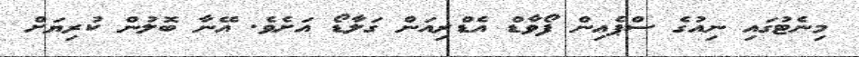
މިނެޓުގައި ނިއުގެ ސްޕެއިން ފޯވާޑް އެޑްރިއަން ގަލާޑޯ އަށެވެ. އޭނާ ބޮލުން ކުރިޔަށް